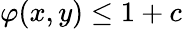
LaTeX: \varphi(x,y)\leq 1+c